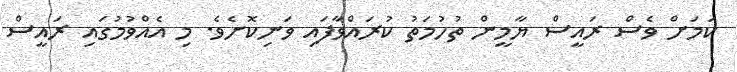
ކަމަށް ވެސް ރައީސް ޔާމީން ތުހުމަތު ކުރައްވާފައި ވަނިކޮށެވެ. މި އެއްވުމުގައި ރައީސް